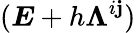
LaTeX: (\boldsymbol{E}+h\boldsymbol{\Lambda}^{i\mathbf{j}})